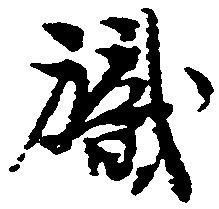
職